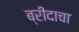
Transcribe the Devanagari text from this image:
ब्रीदाचा